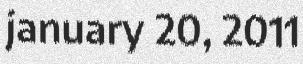
january 20, 2011